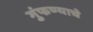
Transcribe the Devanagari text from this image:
गुंफण्याचे